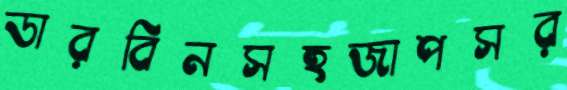
ডারবিনসহজাপসর